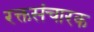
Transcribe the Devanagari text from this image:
रक्तसंचारक